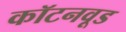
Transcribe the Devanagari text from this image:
कॉटनवूड